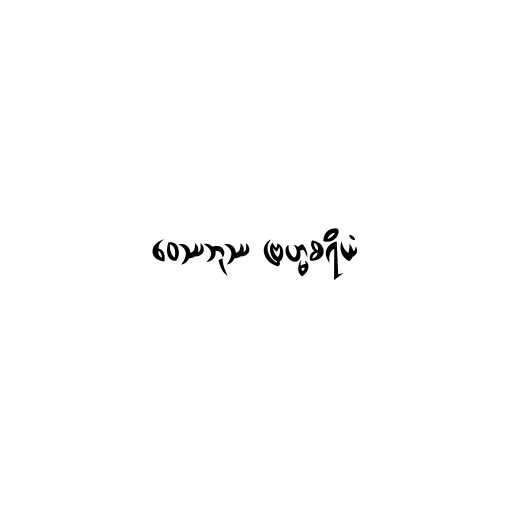
ဝေဿဘုဿ ဗြဟ္မစရိယံ